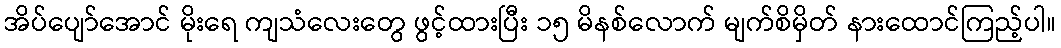
အိပ်ပျော်အောင် မိုးရေ ကျသံလေးတွေ ဖွင့်ထားပြီး ၁၅ မိနစ်လောက် မျက်စိမှိတ် နားထောင်ကြည့်ပါ။